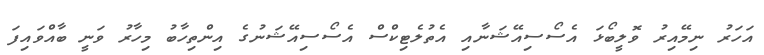
އަހަރު ނިމޭއިރު ވޮލީބޯޅަ އެސޯސިއޭޝަނާއި އެތުލެޓިކްސް އެސޯސިއޭޝަނުގެ އިންތިހާބު މިހާރު ވަނީ ބާއްވައިފަ